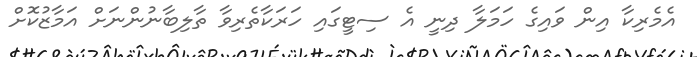
އެމެރިކާ އިން ވައިގެ ހަމަލާ ދިނީ އެ ސިޓީގައި ހަރަކާތެރިވާ ތާލިބާނުންނަށް އަމާޒުކޮށް